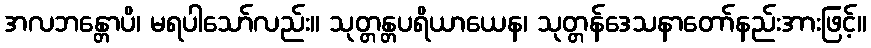
အလဘန္တောပိ၊ မရပါသော်လည်း။ သုတ္တန္တပရိယာယေန၊ သုတ္တန်ဒေသနာတော်နည်းအားဖြင့်။